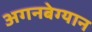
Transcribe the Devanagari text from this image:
अगनबेग्यान